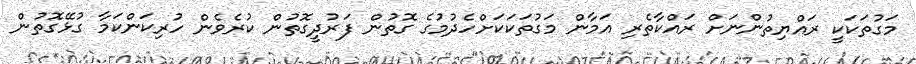
މަގުތަކަކީ ރައްޔިތުންނަށް ރައްކާތެރި އަމާން މަގުތަކަކަށްހެދުމުގެ ގޮތުން ފަރުދީގޮތުން ކުރެވެން ހުރިކަންކަމާ ގުޅޭގޮތުން